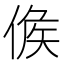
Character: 𠊱